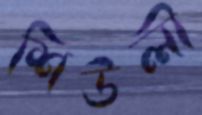
শিউলী